Bréfritari: Soffía Daníelsdóttir
Viðtakandi: Jakobína Magnúsdóttir og Daníel Halldórsson
Dagsetning: A-1905-06-26
Skrifað á: Skeggjastöðum  N-Múl.
Soffía var dóttir Jakobínu og Daníels

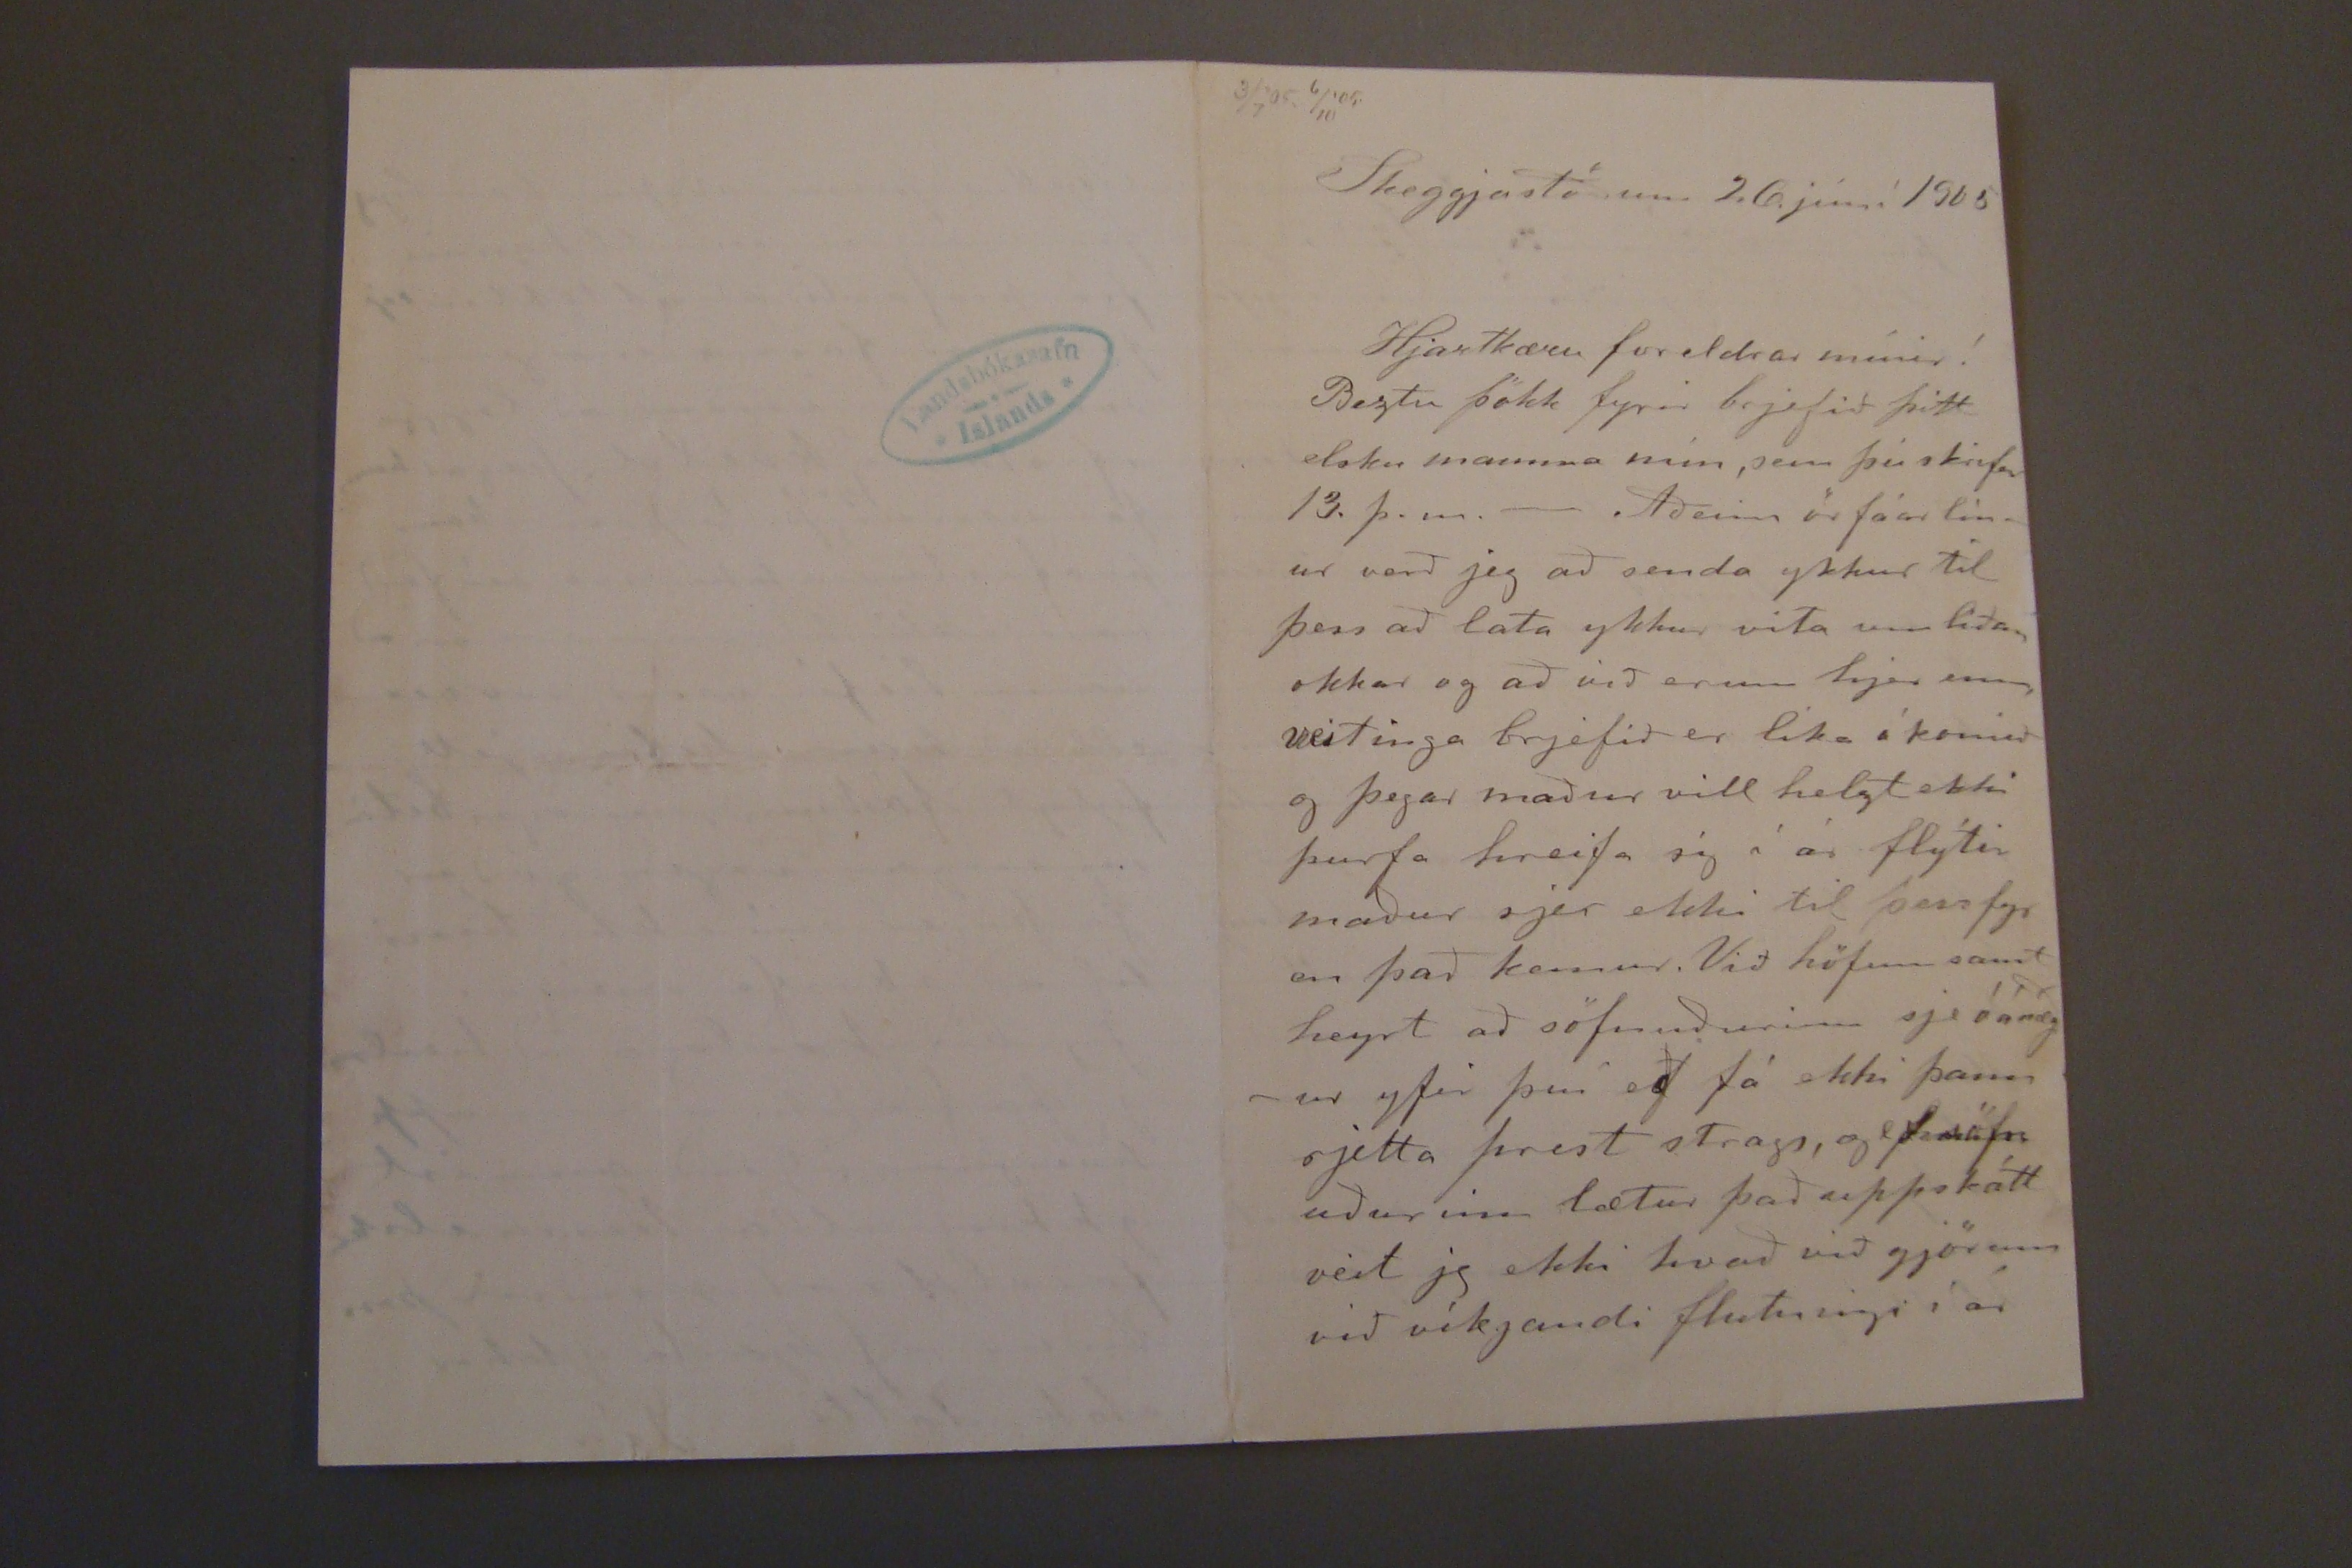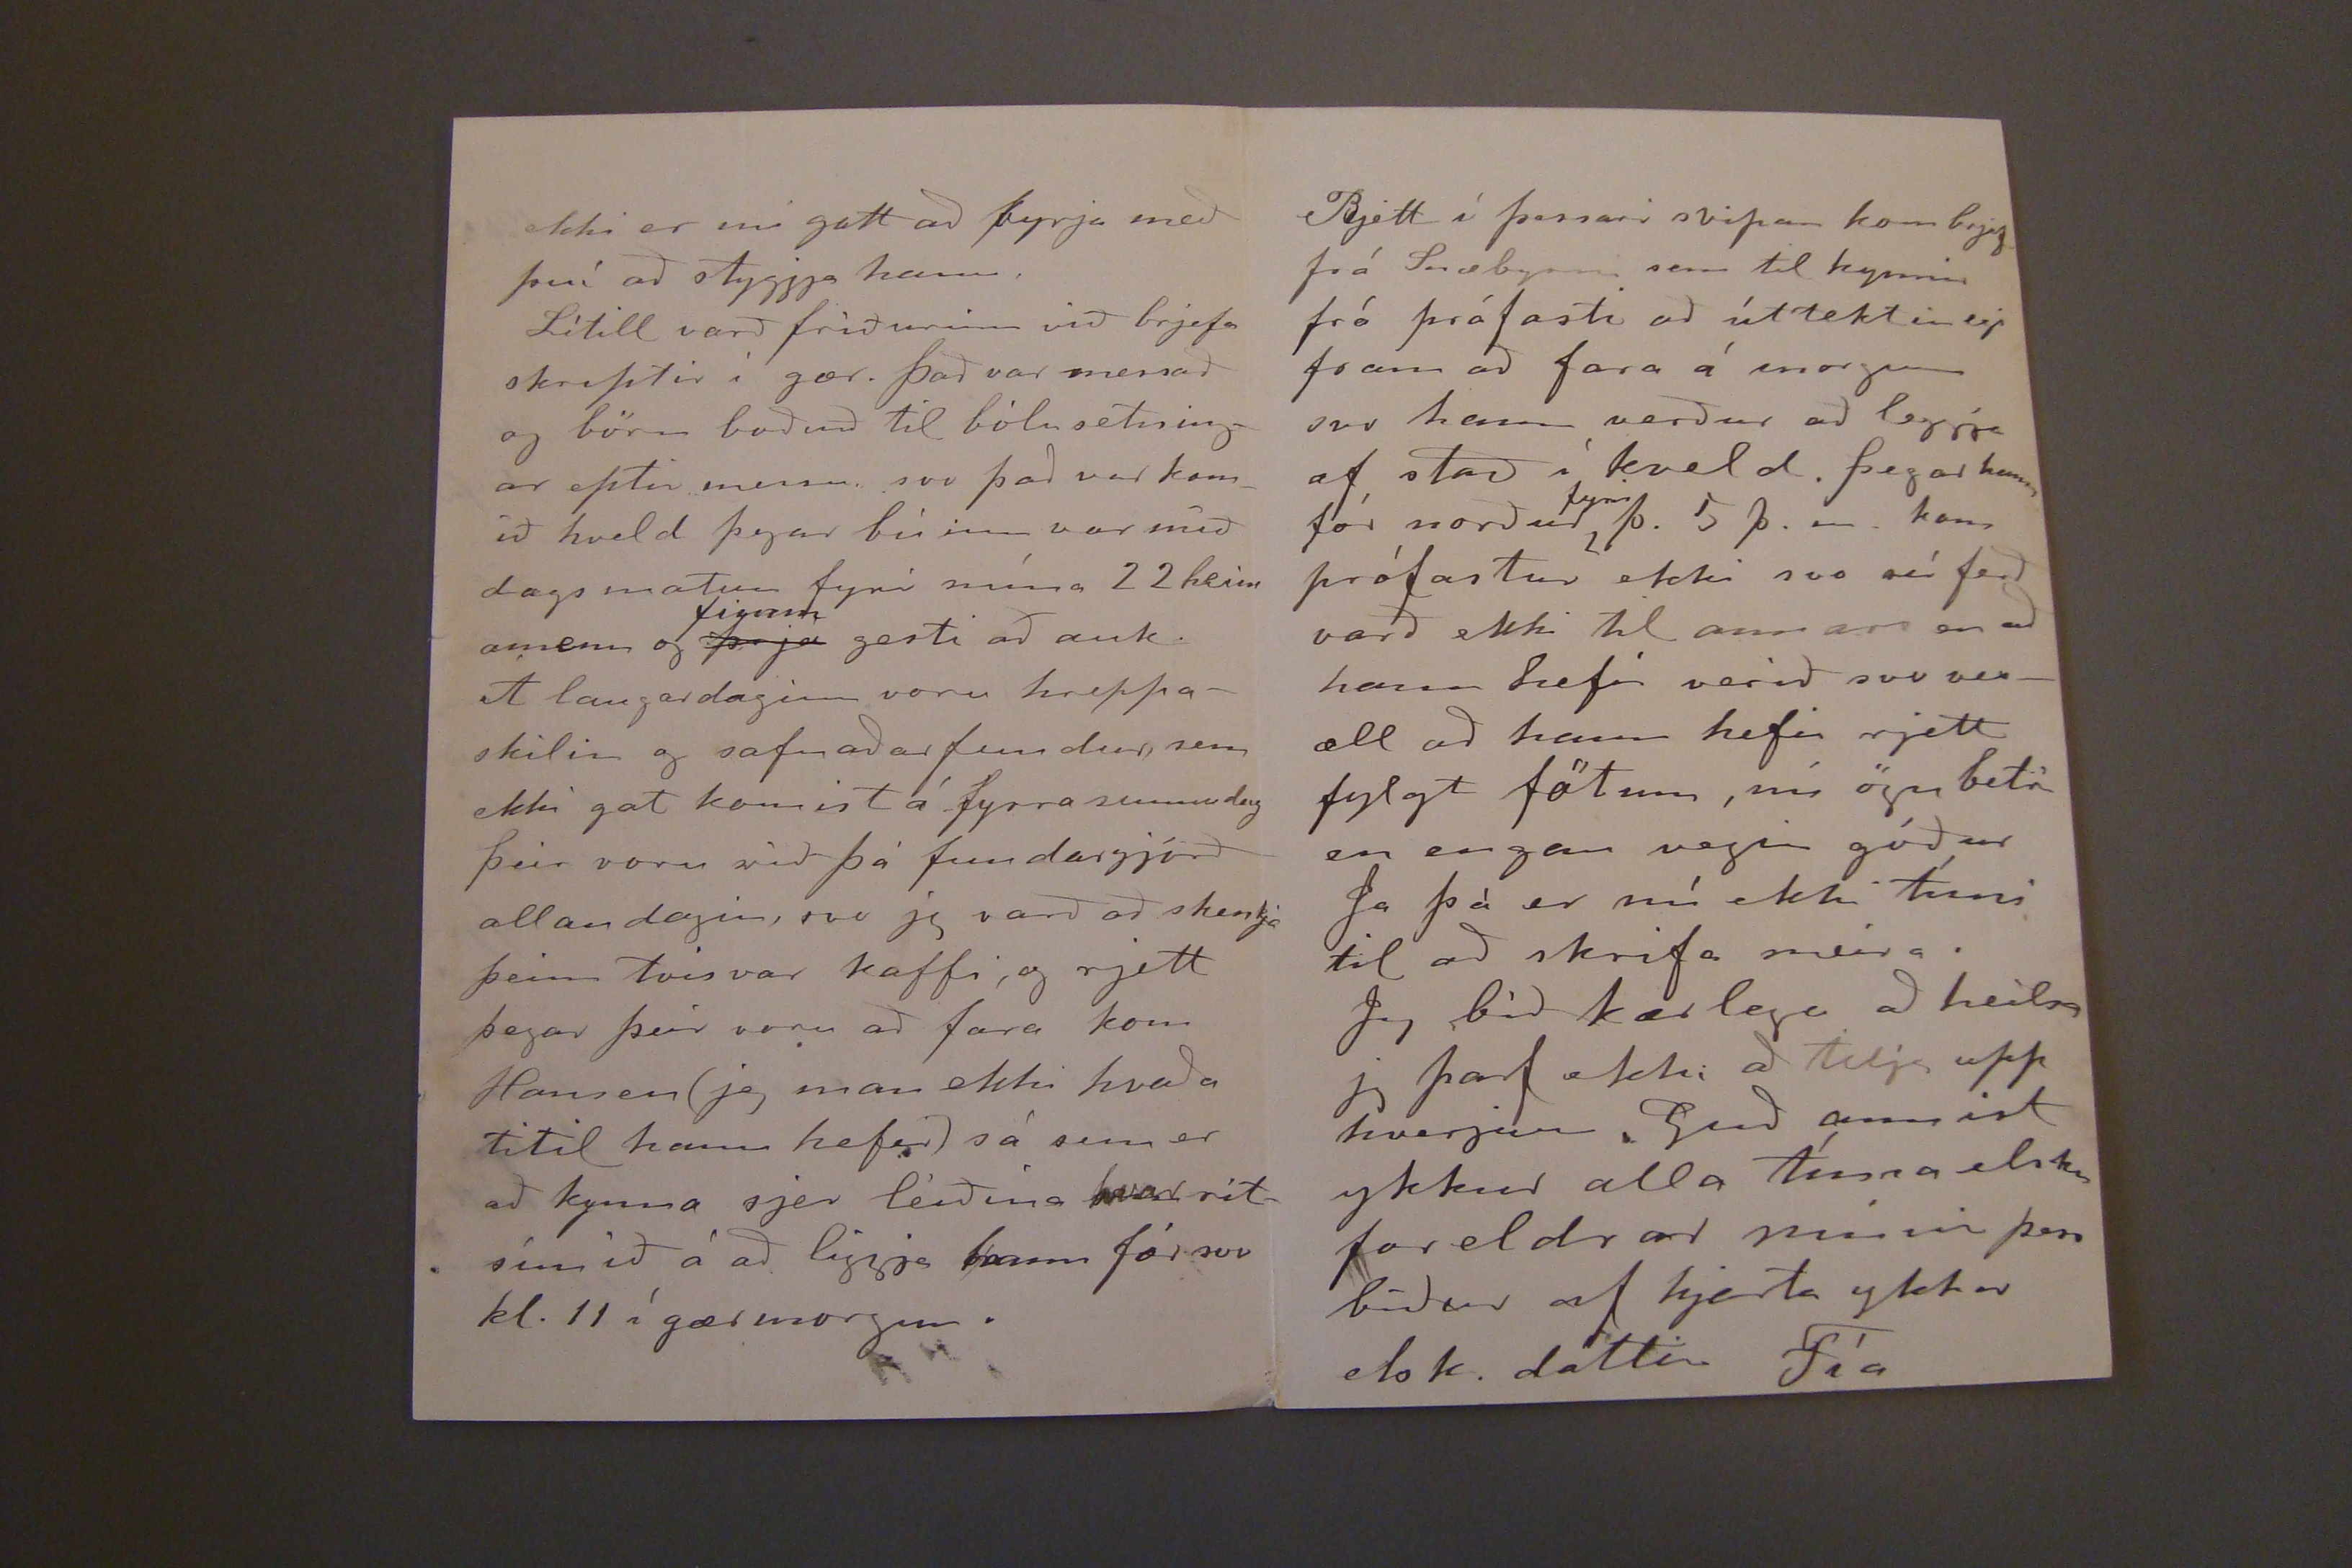

3/7'05. 6/10'05.
Skeggjastöðum 26. júní 1905
Hjartkæru foreldrar mínir!
Beztu þökk fyrir brjefið þitt elsku mamma mín, sem þú skrifar 13. þ.m.- Aðeins örfáar línur verð jeg að senda ykkur til þess að lata ykkur vita um liðan okkar og að við erum hjer enn veitinga brjefið er lika ó komið og þegar maður vill helzt ekki þurfa hreifa sig í ár flýtir maður sjer ekki til þess fyr en það kemur. Við höfum samt heyrt að söfnuðurinn sje óánægður yfir því að fá ekki þann rjetta prest strags, og ef söfn uðurinn lætur það uppskátt veit jg ekki hvað við gjörum við víkjandi flutningi í ár
ekki er nú gott að byrja með því að styggja hann.
Lítill varð friðurinn við brjefa skriptir í gær. það var messað og börn boðuð til bólu setningar eptir messu svo það var komið hveld þegar búinn var mið dags matur fyrir mína 22 heim amenn og
þrjá
fimm
gesti að auk. Á laugardaginn voru hreppaskilin og safnaðarfundur sem ekki gat komist á fyrra sunnudag þeir voru við þá fundargjörð allan dagin, svo jeg varð að skenkja þeim tvisvar kaffi, og rjett þegar þeir voru að fara kom Hansen (jeg man ekki hvaða titil hann hefir) sá sem er að kynna sjer leiðina hvar ritsímið á að liggja hann fór svo kl. 11 í gærmorgun.
Rjett í þessari svipan kom brjef frá Snæbyrni sem til kynnir frá prófasti að úttektin egi fram að fara á morgun svo hann verður að leggja af stað í kveld. þegar hann fór norður
fyrir
þ. 5 þ.m. kom prófastur ekki svo sú ferð varð ekki til annars en að hann hefir verið svo vesæll að hann hefir rjett fylgt fötum, nú ögn betri en engan vegin góðar Ja þá er nú ekki tími til að skrifa meira.
Jeg bið kærlega að heilsa jg þarf ekki að telja upp hverjan Guð annist ykkur alla tíma elsku foreldrar minir þess bíður af hjarta ykkar elsk. dóttir Fía